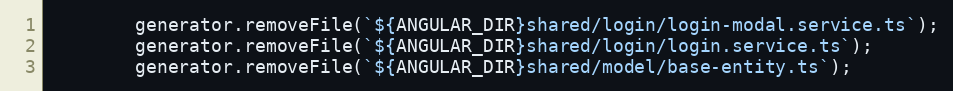
Language: JavaScript
        generator.removeFile(`${ANGULAR_DIR}shared/login/login-modal.service.ts`);
        generator.removeFile(`${ANGULAR_DIR}shared/login/login.service.ts`);
        generator.removeFile(`${ANGULAR_DIR}shared/model/base-entity.ts`);